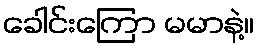
ခေါင်းကြော မမာနဲ့။